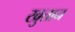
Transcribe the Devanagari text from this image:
खुतान